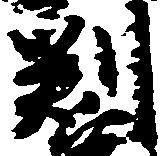
判